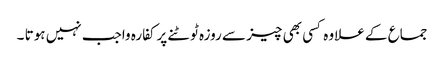
جماع کے علاوہ کسی بھی چیز سے روزہ ٹوٹنے پرکفارہ واجب نہیں ہوتا ۔